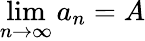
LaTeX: \operatorname*{lim}_{n\to\infty}a_{n}=A